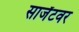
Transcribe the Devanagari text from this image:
सार्जंटवर